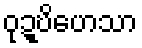
ဝုဍ္ဎိဟေသာ